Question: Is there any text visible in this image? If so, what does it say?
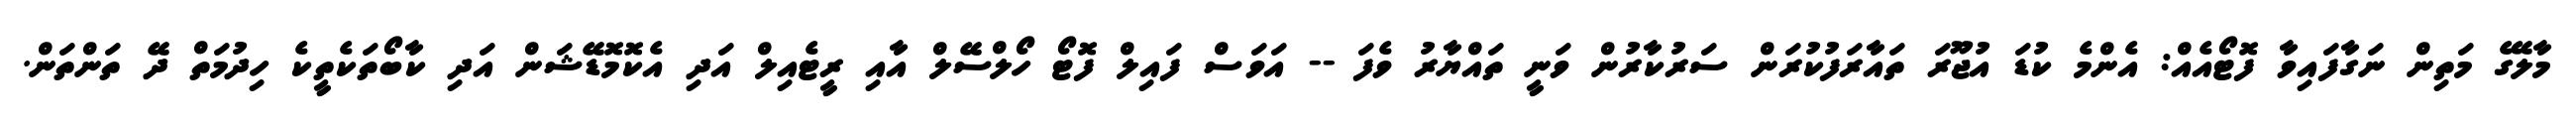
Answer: މާލޭގެ މަތިން ނަގާފައިވާ ފޮޓޯއެއް: އެންމެ ކުޑަ އުޖޫރަ ތައާރަފުކުރަން ސަރުކާރުން ވަނީ ތައްޔާރު ވެފަ -- އަވަސް ފައިލް ފޮޓޯ ހޯލްސޭލް އާއި ރީޓެއިލް އަދި އެކޮމޮޑޭޝަން އަދި ކާބޯތަކެތީކެ ހިދުމަތް ދޭ ތަންތަން.